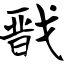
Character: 戬